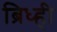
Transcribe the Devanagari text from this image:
ब्रिध्ही